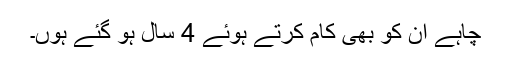
چاہے ان کو بھی کام کرتے ہوئے 4 سال ہو گئے ہوں۔